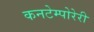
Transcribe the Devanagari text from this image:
कनटेम्पोरेरी